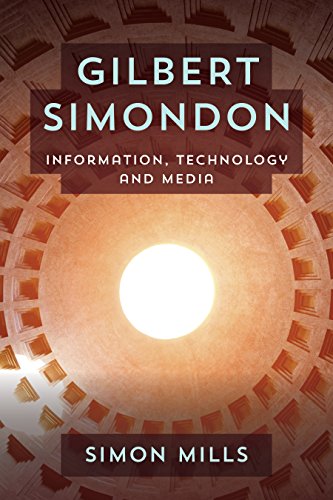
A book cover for Gilbert Simondon: Information, Technology and Media; Simon Mills; Politics & Social Sciences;